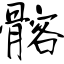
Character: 髂